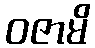
ဝဇာမိ